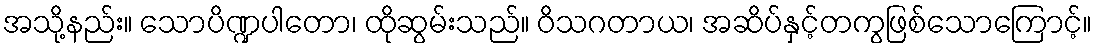
အသို့နည်း။ သောပိဏ္ဍပါတော၊ ထိုဆွမ်းသည်။ ဝိသဂတာယ၊ အဆိပ်နှင့်တကွဖြစ်သောကြောင့်။